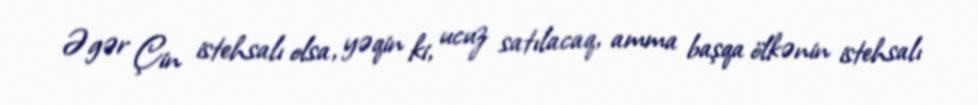
Əgər Çin istehsalı olsa, yəqin ki, ucuz satılacaq, amma başqa ölkənin istehsalı